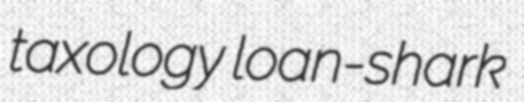
taxology loan-shark